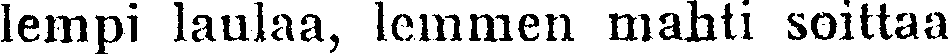
lempi laulaa, lemmen mahti soittaa